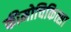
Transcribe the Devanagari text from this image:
कीमोचिकित्सा